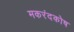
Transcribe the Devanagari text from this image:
मकरंदकोष